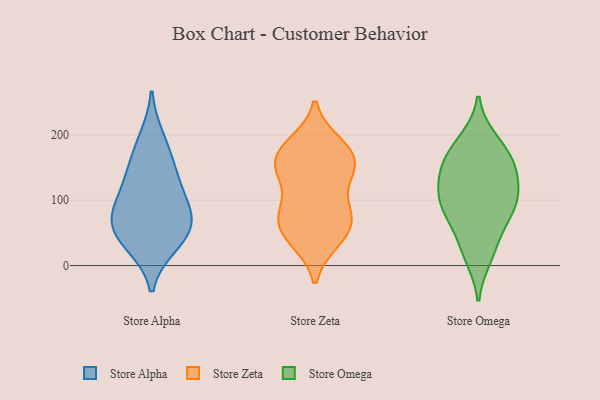
{"axis": {"x": "Page Views", "y": "Value"}, "legend": ["Store Alpha", "Store Omega", "Store Zeta"], "data": [{"x": "", "y": 142, "type": "Store Alpha"}, {"x": "", "y": 62, "type": "Store Alpha"}, {"x": "", "y": 79, "type": "Store Alpha"}, {"x": "", "y": 71, "type": "Store Alpha"}, {"x": "", "y": 163, "type": "Store Alpha"}, {"x": "", "y": 196, "type": "Store Alpha"}, {"x": "", "y": 33, "type": "Store Alpha"}, {"x": "", "y": 31, "type": "Store Alpha"}, {"x": "", "y": 60, "type": "Store Alpha"}, {"x": "", "y": 102, "type": "Store Alpha"}, {"x": "", "y": 119, "type": "Store Alpha"}, {"x": "", "y": 77, "type": "Store Zeta"}, {"x": "", "y": 168, "type": "Store Zeta"}, {"x": "", "y": 78, "type": "Store Zeta"}, {"x": "", "y": 40, "type": "Store Zeta"}, {"x": "", "y": 81, "type": "Store Zeta"}, {"x": "", "y": 41, "type": "Store Zeta"}, {"x": "", "y": 133, "type": "Store Zeta"}, {"x": "", "y": 71, "type": "Store Zeta"}, {"x": "", "y": 187, "type": "Store Zeta"}, {"x": "", "y": 38, "type": "Store Zeta"}, {"x": "", "y": 144, "type": "Store Zeta"}, {"x": "", "y": 181, "type": "Store Zeta"}, {"x": "", "y": 158, "type": "Store Zeta"}, {"x": "", "y": 151, "type": "Store Zeta"}, {"x": "", "y": 77, "type": "Store Zeta"}, {"x": "", "y": 137, "type": "Store Zeta"}, {"x": "", "y": 180, "type": "Store Zeta"}, {"x": "", "y": 158, "type": "Store Omega"}, {"x": "", "y": 148, "type": "Store Omega"}, {"x": "", "y": 97, "type": "Store Omega"}, {"x": "", "y": 14, "type": "Store Omega"}, {"x": "", "y": 120, "type": "Store Omega"}, {"x": "", "y": 92, "type": "Store Omega"}, {"x": "", "y": 191, "type": "Store Omega"}, {"x": "", "y": 139, "type": "Store Omega"}, {"x": "", "y": 93, "type": "Store Omega"}, {"x": "", "y": 34, "type": "Store Omega"}, {"x": "", "y": 176, "type": "Store Omega"}, {"x": "", "y": 73, "type": "Store Omega"}]}